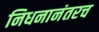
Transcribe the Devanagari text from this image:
निधनानंतरच